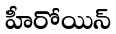
హీరోయిన్